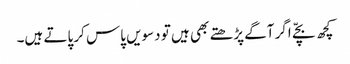
کچھ بچّے اگر آگے پڑھتے بھی ہیں تو دسویں پاس کر پاتے ہیں۔